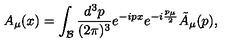
A _ { \mu } ( x ) = \int _ { \cal B } { \frac { d ^ { 3 } p } { ( 2 \pi ) ^ { 3 } } } e ^ { - i p x } e ^ { - i { \frac { p _ { \mu } } { 2 } } } { \tilde { A } } _ { \mu } ( p ) ,